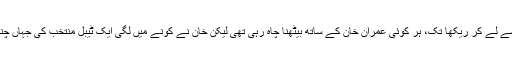
اسی تقریب میں زینت امان سے لے کر ریکھا تک، ہر کوئی عمران خان کے ساتھ بیٹھنا چاہ رہی تھی لیکن خان نے کونے میں لگی ایک ٹیبل منتخب کی جہاں چند انڈین کرکٹرز موجود تھے۔